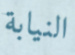
النيابة